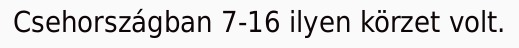
Csehországban 7-16 ilyen körzet volt.